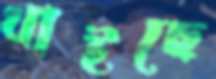
খাইছে